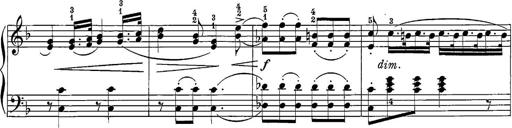
Title: 12 Sonatine per Pianoforte
Composer: Friedrich Kuhlau